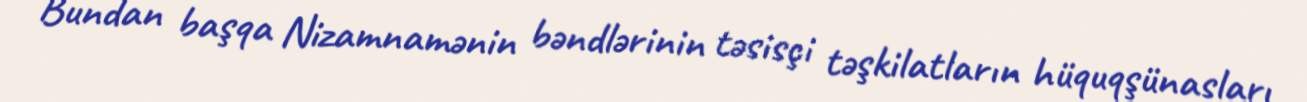
Bundan başqa Nizamnamənin bəndlərinin təsisçi təşkilatların hüquqşünasları